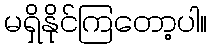
မရှိနိုင်ကြတော့ပါ။